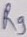
Text: R9